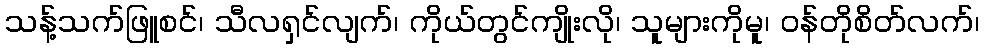
သန့်သက်ဖြူစင်၊ သီလရှင်လျက်၊ ကိုယ်တွင်ကျိုးလို၊ သူများကိုမူ၊ ဝန်တိုစိတ်လက်၊